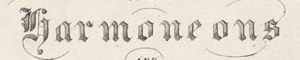
Yarmone ons